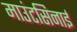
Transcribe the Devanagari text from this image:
माउंटसिनाई